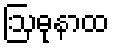
ဩဓုနာထ